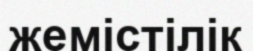
жемістілік